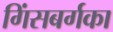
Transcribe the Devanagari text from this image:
गिंसबर्गका